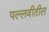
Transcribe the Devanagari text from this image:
पल्लवीतील